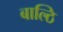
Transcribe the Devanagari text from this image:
बाल्ठि